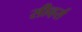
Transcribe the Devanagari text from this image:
सीव्हर्स